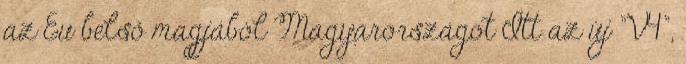
az Eu belső magjából Magyarországot Itt az új "V4",